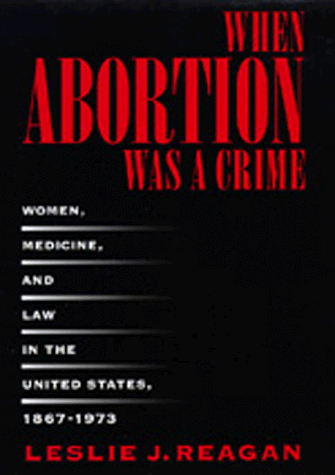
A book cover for When Abortion Was a Crime: Women, Medicine, and Law in the United States, 1867-1973; Leslie J. Reagan; Politics & Social Sciences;